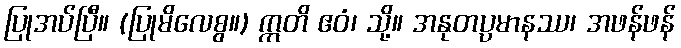
ပြုအပ်ပြီ။ (ပြုမိလေစွ။) ဣတိ ဧဝံ၊ သို့။ အနုတပ္ပမာနဿ၊ အဖန်ဖန်